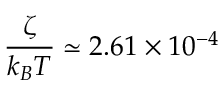
\frac { \zeta } { k _ { B } T } \simeq 2 . 6 1 \times 1 0 ^ { - 4 }